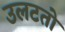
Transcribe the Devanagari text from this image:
उलटतो